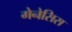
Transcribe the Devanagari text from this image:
गेनेसिस